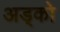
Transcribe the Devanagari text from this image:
अड्को